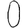
Digit: 0